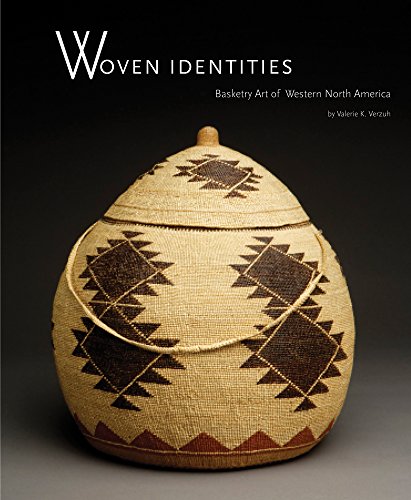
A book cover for Woven Identities: Basketry Art of Western North America; Valerie K. Verzuh; Crafts, Hobbies & Home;